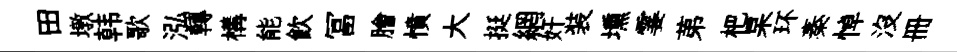
田墩韩歌泓轉構能飲冨膾憤大挺網奸装壎霎苐杷杲环秦悼没册